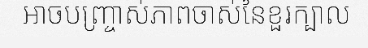
អាចបញ្ច្រាស់ភាពចាស់នៃខួរក្បាល